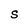
Character: S